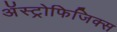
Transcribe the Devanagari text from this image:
अॅस्ट्रोफिजिक्स